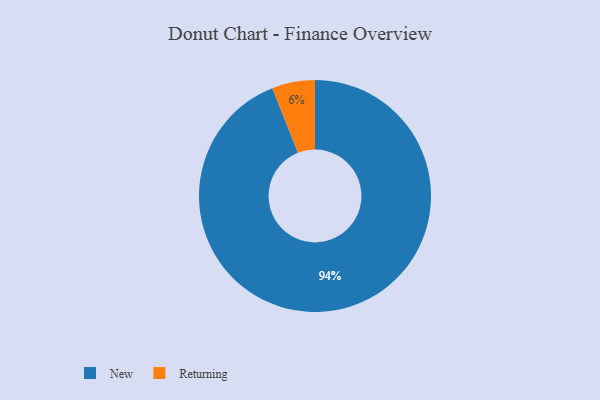
{"axis": {"x": "Category", "y": "Percentage"}, "legend": ["New", "Returning"], "data": [{"x": "Returning", "y": 6, "type": "Returning"}, {"x": "New", "y": 94, "type": "New"}]}